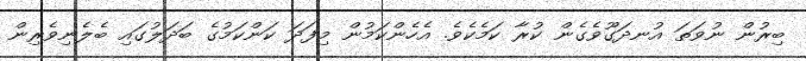
ބިރުން ނުވަތަ އުނދަގޫވެގެން ކުރާ ކަމެކެވެ. އެހެންކަމުން މިފަދަ ކަންކަމުގެ ބަދަލުގައި ބެލެނިވެރިން